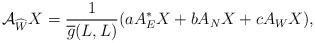
LaTeX: \begin{align*} \mathcal{A}_{\widehat{W}}X=\frac{1}{\overline{g}(L,L)}(aA^{*}_{E}X+bA_{N}X+cA_{W}X),\end{align*}